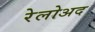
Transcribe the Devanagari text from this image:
रेलोअद